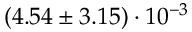
( 4 . 5 4 \pm 3 . 1 5 ) \cdot 1 0 ^ { - 3 }